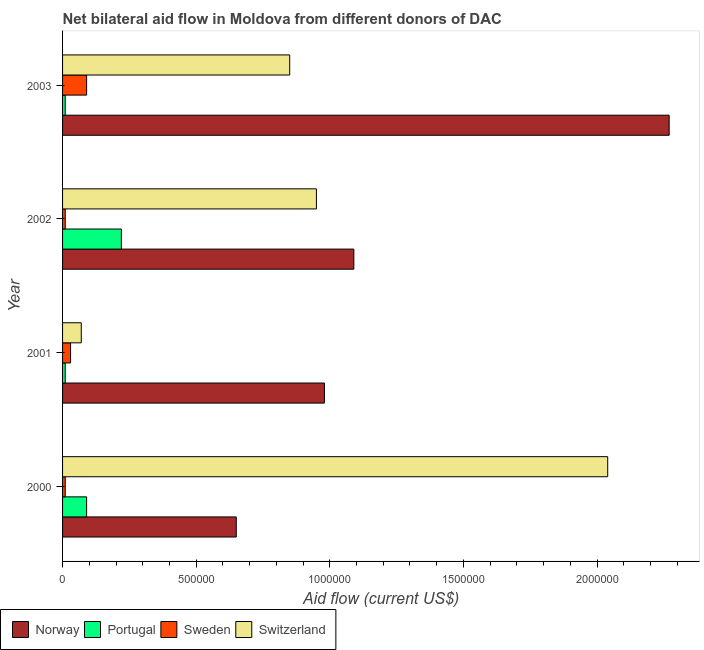
| Year | Norway | Portugal | Sweden | Switzerland |
 | --- | --- | --- | --- | --- |
 | 2000 | 6.5e+05 | 9e+04 | 1e+04 | 2.04e+06 |
 | 2001 | 9.8e+05 | 1e+04 | 3e+04 | 7e+04 |
 | 2002 | 1.09e+06 | 2.2e+05 | 1e+04 | 9.5e+05 |
 | 2003 | 2.27e+06 | 1e+04 | 9e+04 | 8.5e+05 |